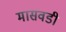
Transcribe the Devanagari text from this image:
मासवडी